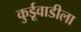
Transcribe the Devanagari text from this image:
कुर्डूवाडीला